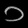
Digit: ၁